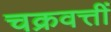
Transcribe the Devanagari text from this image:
चक्रवत्तीं